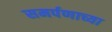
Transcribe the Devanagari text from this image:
समर्पणाच्या